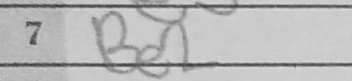
Transcription: Be2